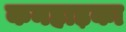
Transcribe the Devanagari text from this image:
कनहाड़का